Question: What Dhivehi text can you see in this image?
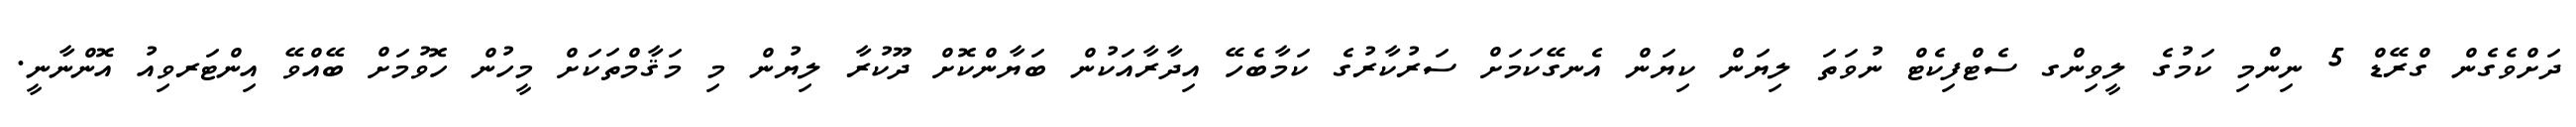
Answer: ދަށްވެގެން ގްރޭޑް 5 ނިންމި ކަމުގެ ލީވިންގ ސެޓްފިކެޓް ނުވަތަ ލިޔަން ކިޔަން އެނގޭކަމަށް ސަރުކާރުގެ ކަމާބެހޭ އިދާރާއަކުން ބަޔާންކޮށް ދޫކުރާ ލިޔުން މި މަޤާމްތަކަށް މީހުން ހޮވުމަށް ބޭއްވޭ އިންޓަރވިއު އޮންނާނީ.